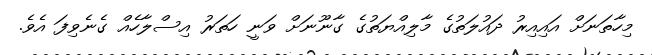
މިހާތަނަށް އައިއިރު ދައުލަތުގެ މާލިއްޔަތުގެ ގާނޫނަށް ވަނީ ހަތަރު އިސްލާހެއް ގެނެވިފަ އެވެ.